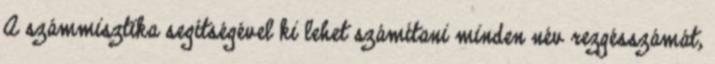
A számmisztika segítségével ki lehet számítani minden név rezgésszámát,